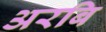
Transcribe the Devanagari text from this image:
अरबि